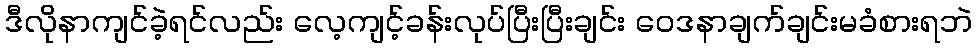
ဒီလိုနာကျင်ခဲ့ရင်လည်း လေ့ကျင့်ခန်းလုပ်ပြီးပြီးချင်း ဝေဒနာချက်ချင်းမခံစားရဘဲ